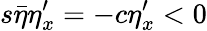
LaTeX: s\bar{\eta}\eta_{x}^{\prime}=-c\eta_{x}^{\prime}<0